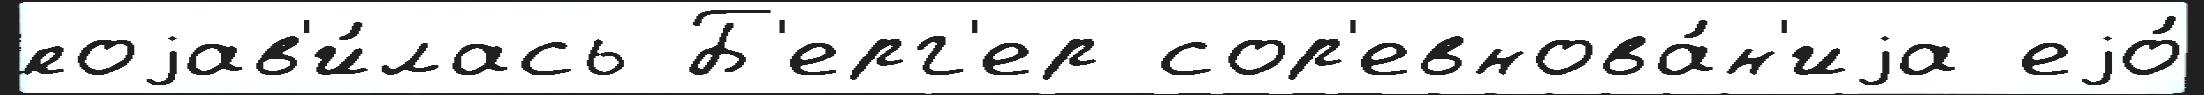
поjав'и́лась Б'ерг'ер сор'евнова́н'иjа еjо́